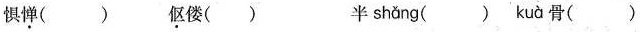
惧\underset{·}{惮}() \underset{·}{伛}偻() 半 shǎng () kuà 骨()